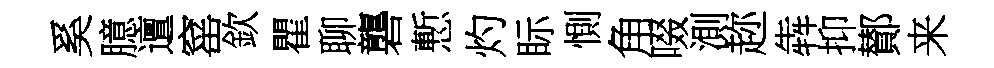
奚臆邅窰欽瞿聊礱慙灼眎惻角啜測趂犇抑鄼来